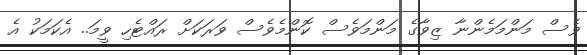
ވެސް މަންމަމެންނާ ޒިވާގެ މަންމަވެސް ކޮންމެވެސް ވަރަކަށް ރައްޓެހި ވީމަ.. އެކަމަކު އެ